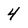
Character: 4